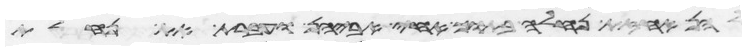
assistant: להן אחזת נחלה בתוך אחי אביהן והעברת את נחלת